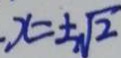
\cdot x = \pm \sqrt { 2 }